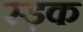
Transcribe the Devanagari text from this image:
स्ड़क